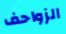
الزواحف